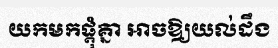
យកមកផ្តុំគ្នា អាចឱ្យយល់ដឹង